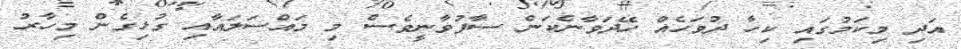
އަދި މިކަމުގައި ކިހާ ދުވަހެއް ހޭދަވާނެކަން ސާފުވާނީވެސް މި މައްސަލައާއި ގުޅިގެން މިހާރު